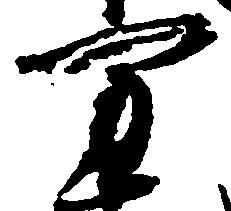
万